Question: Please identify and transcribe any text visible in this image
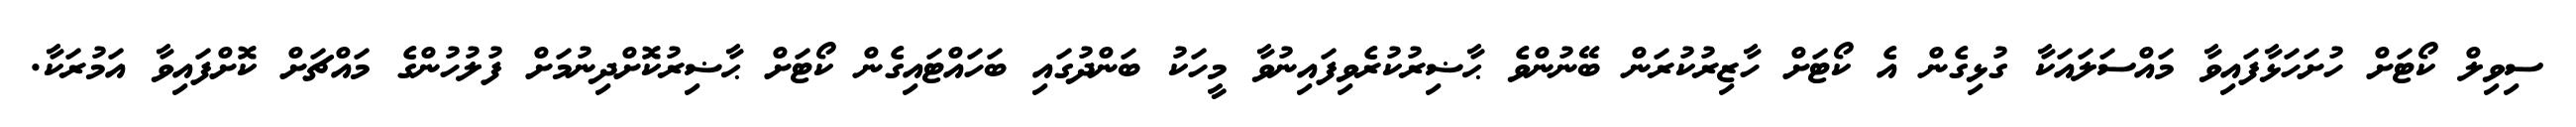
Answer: ސިވިލް ކޯޓަށް ހުށަހަޅާފައިވާ މައްސަލައަކާ ގުޅިގެން އެ ކޯޓަށް ހާޒިރުކުރަން ބޭނުންވެ ޙާޟިރުކުރެވިފައިނުވާ މީހަކު ބަންދުގައި ބަހައްޓައިގެން ކޯޓަށް ޙާޟިރުކޮށްދިނުމަށް ފުލުހުންގެ މައްޗަށް ކޮށްފައިވާ އަމުރަކާ.